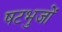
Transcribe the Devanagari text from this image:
षटभुजों